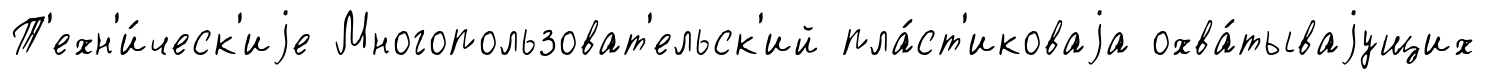
Т'ехн'и́ческ'иjе Многопользоват'ельск'ий пла́ст'иковаjа охва́тываjущих